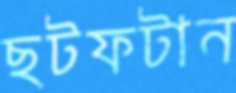
ছটফটান